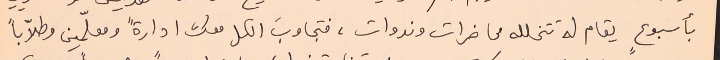
بأسبوعٍ يقام له تتخلله محاضرات وندوات، فتجاوبَ الكل معك ادارةً ومعلّمين وطلاّباً